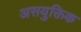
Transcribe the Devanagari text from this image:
असयुक्तिक